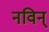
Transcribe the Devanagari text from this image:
नविन्